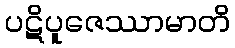
ပဋိပူဇေဿာမာတိ